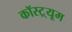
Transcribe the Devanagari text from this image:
कॉस्ट़्यूम